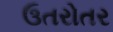
ઉતરોતર